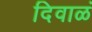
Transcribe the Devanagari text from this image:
दिवाळं